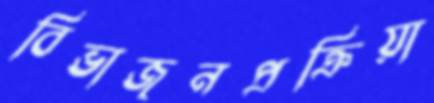
বিভাজনপ্রক্রিয়া